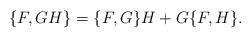
LaTeX: \begin{align*} \{F, G H\} = \{F, G\}H + G \{ F, H\}.\end{align*}